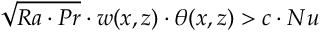
\sqrt { R a \cdot P r } \cdot w ( x , z ) \cdot \theta ( x , z ) > c \cdot N u